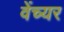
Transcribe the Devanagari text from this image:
वेंच्यर